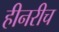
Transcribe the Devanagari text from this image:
हीनरीच